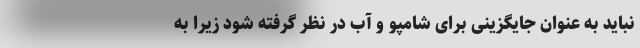
نباید به عنوان جایگزینی برای شامپو و آب در نظر گرفته شود زیرا به